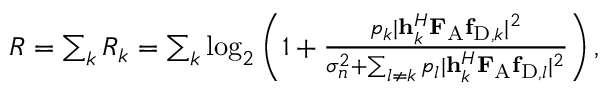
\begin{array} { r } { R = \sum _ { k } R _ { k } = \sum _ { k } \log _ { 2 } \left( 1 + \frac { p _ { k } | { \bf { h } } _ { k } ^ { H } { \bf { F } } _ { \mathrm { { A } } } { \bf { f } } _ { { \mathrm { D } } , k } | ^ { 2 } } { \sigma _ { n } ^ { 2 } + \sum _ { l \neq k } p _ { l } | { \bf { h } } _ { k } ^ { H } { \bf { F } } _ { \mathrm { { A } } } { \bf { f } } _ { { \mathrm { D } } , l } | ^ { 2 } } \right) , } \end{array}